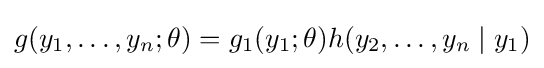
g(y_{1},\dots ,y_{n};\theta )=g_{1}(y_{1};\theta )h(y_{2},\dots ,y_{n}\mid y_{1})